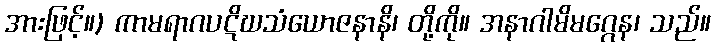
အားဖြင့်။) ကာမရာဂပဋိဃသံယောဇနာနိ၊ တို့ကို။ အနာဂါမိမဂ္ဂေန၊ သည်။